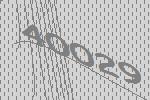
40029